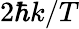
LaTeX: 2\hbar k/T